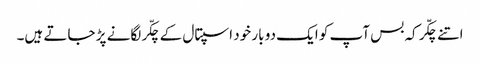
اتنے چکّر کہ بس آپ کو ایک دو بار خود اسپتال کے چکّر لگانے پڑ جاتے ہیں۔